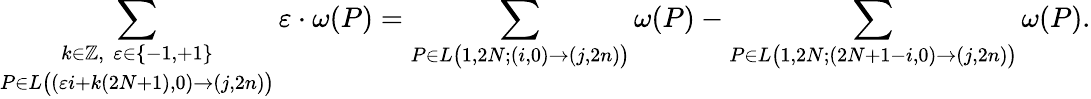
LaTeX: \underset{P\in L\big((\varepsilon i+k(2N+1),0)\to(j,2n)\big)}{\sum_{k\in\mathbb Z,\, \, \varepsilon\in\{ -1,+1\} }}\varepsilon\cdot\omega(P)=\sum_{P\in L\big(1,2N;(i,0)\to(j,2n)\big)}\omega(P)-\sum_{P\in L\big(1,2N;(2N+1-i,0)\to(j,2n)\big)}\omega(P).